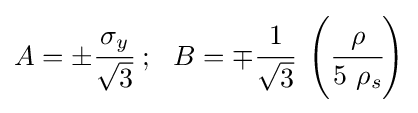
A=\pm {\cfrac {\sigma _{y}}{\sqrt {3}}}~;~~B=\mp {\cfrac {1}{\sqrt {3}}}~\left({\cfrac {\rho }{5~\rho _{s}}}\right)